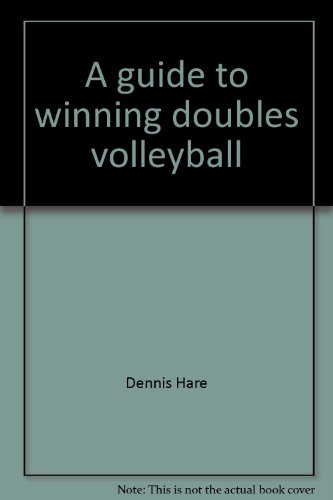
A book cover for A guide to winning doubles volleyball; Dennis Hare; Sports & Outdoors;